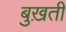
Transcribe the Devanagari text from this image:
बुख़ती